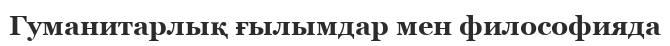
Гуманитарлық ғылымдар мен философияда